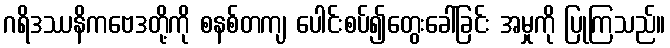
ဂရိဒဿနိကဗေဒတို့ကို စနစ်တကျ ပေါင်းစပ်၍တွေးခေါ်ခြင်း အမှုကို ပြုကြသည်။